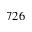
7 2 6